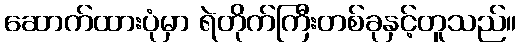
ဆောက်ထားပုံမှာ ရဲတိုက်ကြီးတစ်ခုနှင့်တူသည်။